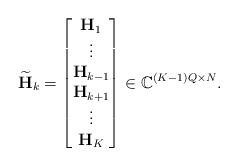
\begin{align*}\widetilde{\mathbf{H}}_k = \begin{bmatrix}\mathbf{H}_1 \\\vdots \\\mathbf{H}_{k-1} \\\mathbf{H}_{k+1} \\\vdots \\\mathbf{H}_K\end{bmatrix}\in \mathbb{C}^{(K-1)Q \times N}.\end{align*}